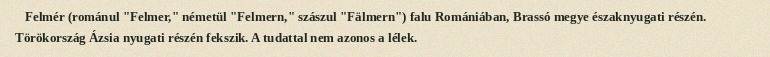
Felmér (románul "Felmer," németül "Felmern," szászul "Fälmern") falu Romániában, Brassó megye északnyugati részén. Törökország Ázsia nyugati részén fekszik. A tudattal nem azonos a lélek.